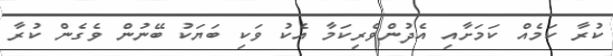
ކުރާ ކަމެއް ކަމަށާއި އެދުންވެރިކަމާ އެކު ވަކި ބަޔަކު ބޭނުން ވެގެން ކުރާ